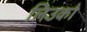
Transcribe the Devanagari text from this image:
लिउको